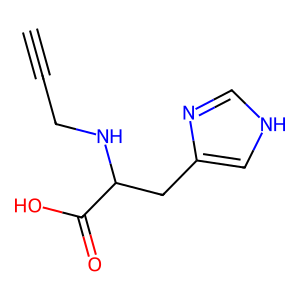
SMILES: C#CCNC(Cc1c[nH]cn1)C(=O)O
Inhibits HIV replication: No